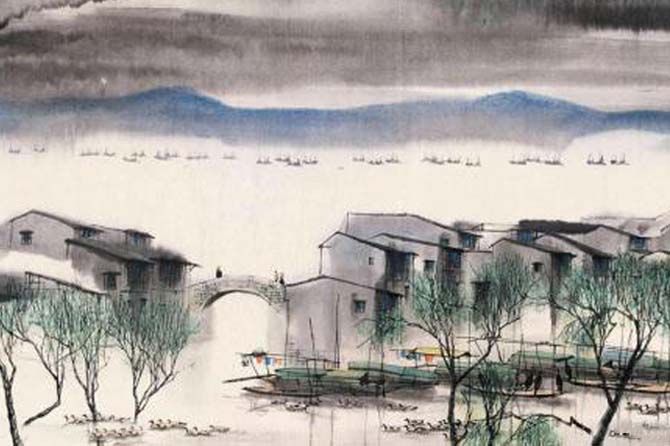
烟笼寒水月笼沙，夜泊秦淮近酒家。